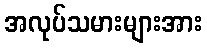
အလုပ်သမားများအား